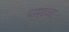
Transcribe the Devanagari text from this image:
चमरव्‍वा